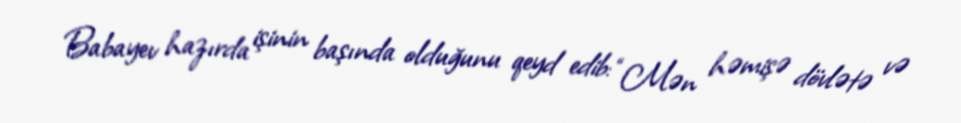
Babayev hazırda işinin başında olduğunu qeyd edib: “Mən həmişə dövlətə və